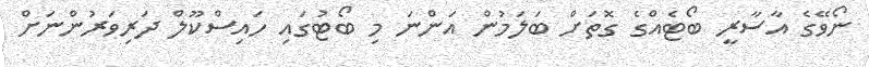
ނޯވޭގެ އާސާރީ ބޯޓެއްގެ ގޮތަށް ބަލަމުން އަންނަ މި ބޯޓުގައި ހައިސްކޫލް ދަރިވަރުންނަށް